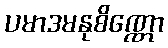
ပမာဒမနုစိဏ္ဏော